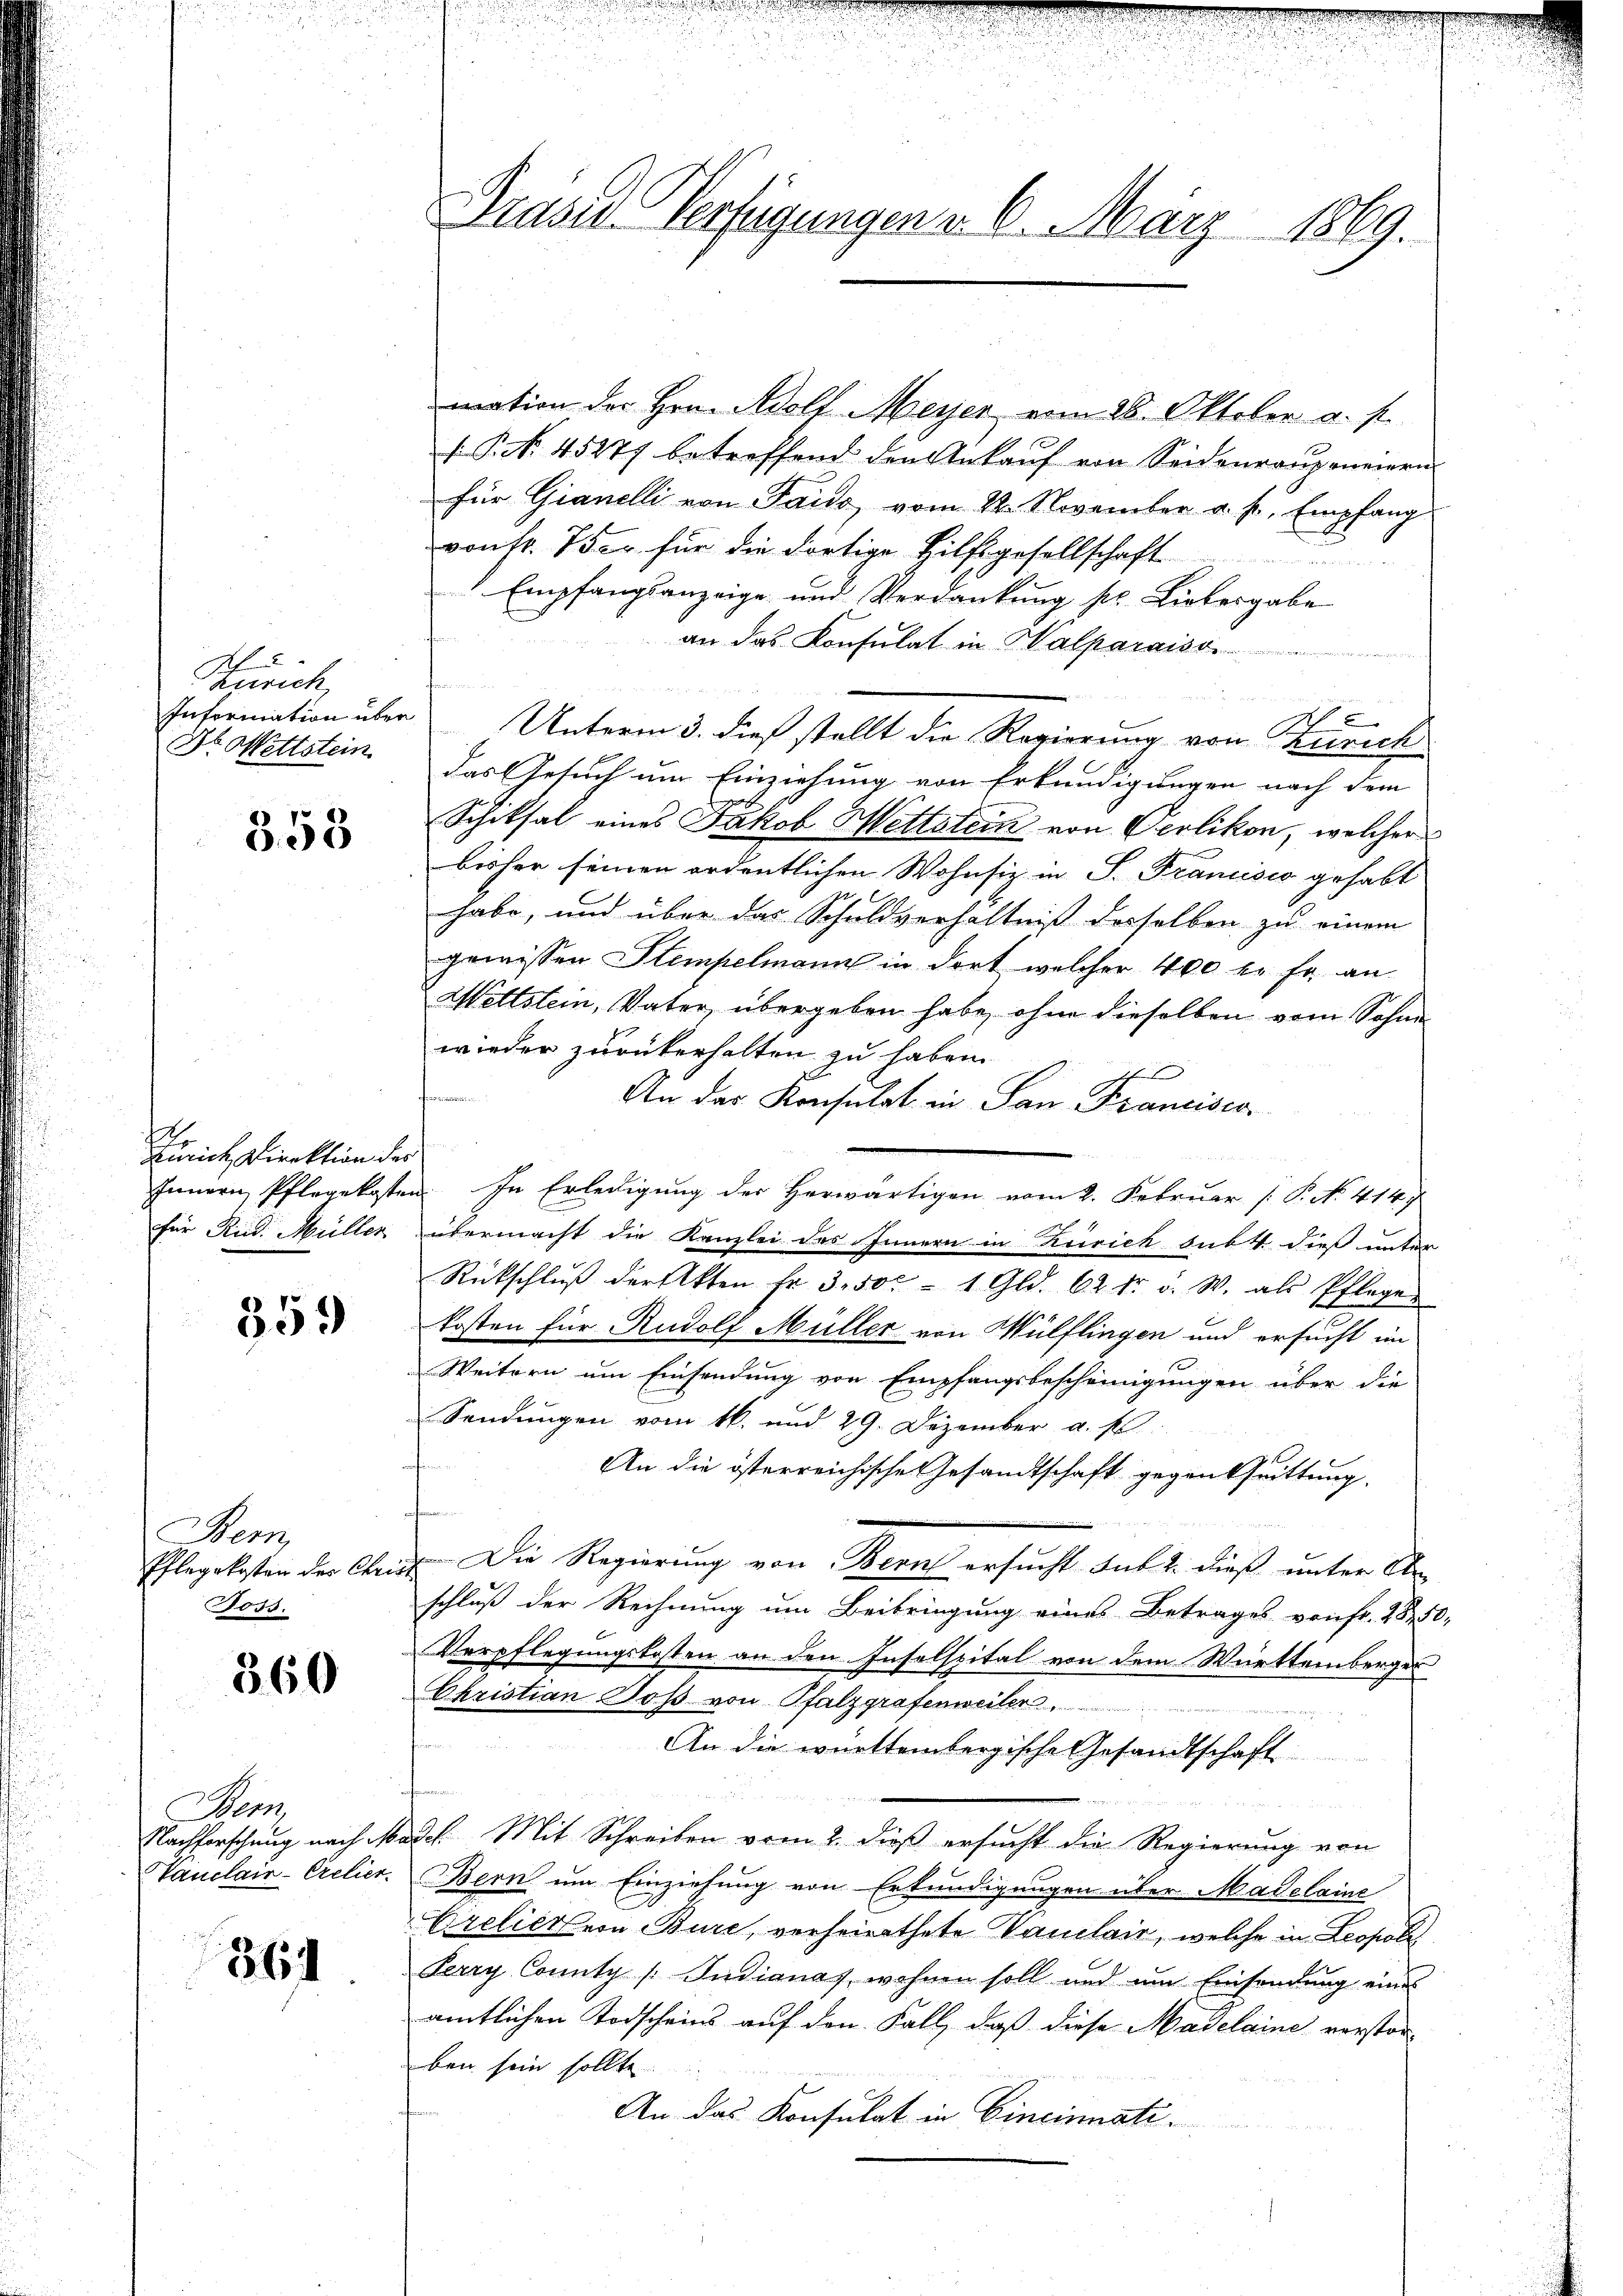
Zürich,
Information über
Dr. Wettstein

358

.
Zürich Direktion des
für Rud. Müller

359

Bern,
Pflegekosten der Chris
Fott.

360

Nam
Nachforschung nach M.
Vauclain-Crelier.

86

Präses Verfügungen v. 6. März 1869.

mation der Hrn. Adolf Meyer vom 28. Oktober a. s.
s P. Nr. 45277 betreffend den Ankauf von Seidenraupeneiern
für Gianelli von Paris vom 24. November a. p. Empfang
von Nr. 7 der für die dortige Hilfsgesellschaft
Empfangsanzeige und Verdankung pr. Liebergabe
an das Konsulat in Halparaiso

Unterm 3. dieß stellt die Regierung von Zürich
das Gesuch um Einziehung von Erkundigungen nach dem
Schiksal eines Jakob Wettstein von Oerlikon, welcher
bisher seinen ordentlichen Wohnsiz in S. Francisco gehabt
habe, und über das Schuldverhältniß desselben zu einem
gewissen Stempelmann in dort welcher 400 l. fr. an
Wettstein, Vater, übergeben habe, ohne dieselben vom Sohne
wieder zurükerhalten zu haben.
E
fe
An das Konsulat in San Francisca
Innern Pflegekosten. In Erledigung des Herwärtigen vom 2. Februar [P. No. 414.
übermacht die Kanzlei des Innern in Zürich subt dieß unter
Rückschlŭβ der Akten fr. 3. 500 - 1 Gld. 62 fr. W. als Pflegen
kosten für Rudolf Müller von Wülflingen und ersucht im
Weitern um Einsendung von Empfangsbescheinigungen über die
Sendungen vom 16. und 29. Dezember a. p.
f
An die österreichische Gesandtschaft gegen trittung.
f
 Die Regierung von Berns ersucht sub 2. dieß unter An-
schluß der Rechnung um Beibringung eines Betrages von fr. 2850,
Verpflegungskosten an den Inselspital von dem Württemberger
Okristian Dos von Pfalzgrafenweiler
An die württembergische Gesandtschaft
Ich. Mit Schreiben vom 2. dieß ersucht die Regierung von
Bern um Einziehung von Erkundigungen über Madelaine
Crelieren Bure, verheirathete Vanilair, welche in Leopoli
Perry County /: Indianas, wohnen soll und um Einsendung eines
amtlichen Todscheins auf den Fall, daß diese Madelaine verstor-
ben sein sollte.
An das Konsulat in Cincinati¬